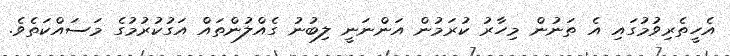
އެހީތެރިވުމުގައި އެ ތަނުން މިހާރު ކުރަމުން އަންނަނީ ލިބުނު ގެއްލުންތައް އަގުކުރުމުގެ މަސައްކަތެވެ.